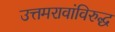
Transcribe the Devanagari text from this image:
उत्तमरावांविरुद्ध